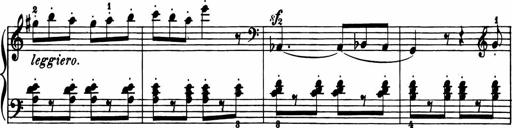
Title: 11 Sonatinas for Piano Solo
Composer: Anton Diabelli